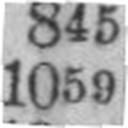
1059